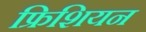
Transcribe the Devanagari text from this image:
फ्रिशियन